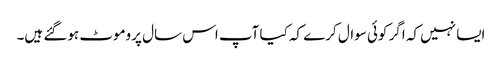
ایسا نہیں کہ اگر کوئی سوال کرے کہ کیا آپ اس سال پروموٹ ہوگئے ہیں۔